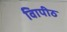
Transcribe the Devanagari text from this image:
विापीठ